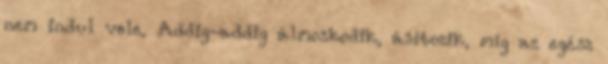
nem indul vele. Addig-addig álmoskodik, ásítozik, míg az egész